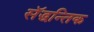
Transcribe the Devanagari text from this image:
सॅद्धन्तिक